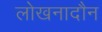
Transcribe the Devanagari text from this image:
लोखनादौन